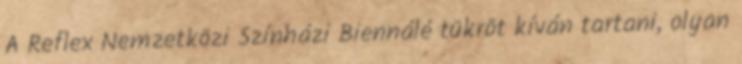
A Reflex Nemzetközi Színházi Biennálé tükröt kíván tartani, olyan